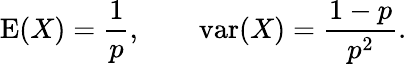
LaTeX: \operatorname{E}(X)={\frac{1}{p}},\qquad\operatorname{var}(X)={\frac{1-p}{p^{2}}}.